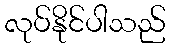
လုပ်နိုင်ပါသည်